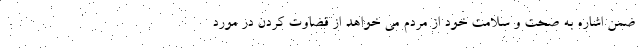
ضمن اشاره به صحت و سلامت خود از مردم می خواهد از قضاوت کردن در مورد